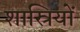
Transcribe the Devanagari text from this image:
शास्रियों